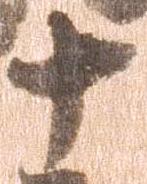
十